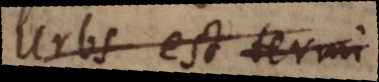
Urbs est termi